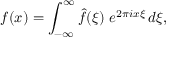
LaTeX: f ( x ) = \int _ { - \infty } ^ { \infty } { \hat { f } } ( \xi ) \ e ^ { 2 \pi i x \xi } \, d \xi ,